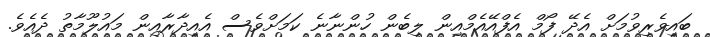
ބައިވެރިވުމަށް އެދޭ ފޯމް އެފްއޭއެމްއިން ލިބެން ހުންނާނެ ކަމަށްވެސް އެއިދާރާއިން މައުލޫމާތު ދެއެވެ.